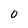
Character: 0